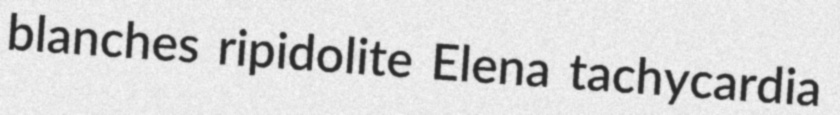
blanches ripidolite Elena tachycardia